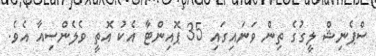
ސްޕެނިޝް ލީގުގެ ތިން ވަނައިގައި 35 ޕޮއިންޓާ އެކު އޮތީ ވެލެންސިއާ އެވެ.